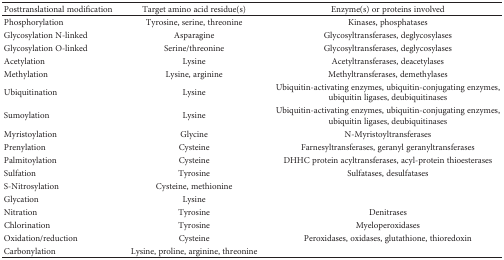
<table><thead><tr><td><b>Posttranslational modification</b></td><td><b>Target amino acid residue(s)</b></td><td><b>Enzyme(s) or proteins involved</b></td></tr></thead><tbody><tr><td>Phosphorylation</td><td>Tyrosine, serine, threonine</td><td>Kinases, phosphatases</td></tr><tr><td>Glycosylation N-linked</td><td>Asparagine</td><td>Glycosyltransferases, deglycosylases</td></tr><tr><td>Glycosylation O-linked</td><td>Serine/threonine</td><td>Glycosyltransferases, deglycosylases</td></tr><tr><td>Acetylation</td><td>Lysine</td><td>Acetyltransferases, deacetylases</td></tr><tr><td>Methylation</td><td>Lysine, arginine</td><td>Methyltransferases, demethylases</td></tr><tr><td>Ubiquitination</td><td>Lysine</td><td>Ubiquitin-activating enzymes, ubiquitin-conjugating enzymes, ubiquitin ligases, deubiquitinases</td></tr><tr><td>Sumoylation</td><td>Lysine</td><td>Ubiquitin-activating enzymes, ubiquitin-conjugating enzymes, ubiquitin ligases, deubiquitinases</td></tr><tr><td>Myristoylation</td><td>Glycine</td><td>N-Myristoyltransferases</td></tr><tr><td>Prenylation</td><td>Cysteine</td><td>Farnesyltransferases, geranyl geranyltransferases</td></tr><tr><td>Palmitoylation</td><td>Cysteine</td><td>DHHC protein acyltransferases, acyl-protein thioesterases</td></tr><tr><td>Sulfation</td><td>Tyrosine</td><td>Sulfatases, desulfatases</td></tr><tr><td>S-Nitrosylation</td><td>Cysteine, methionine</td><td>[EMPTY_CELL]</td></tr><tr><td>Glycation</td><td>Lysine</td><td>[EMPTY_CELL]</td></tr><tr><td>Nitration</td><td>Tyrosine</td><td>Denitrases</td></tr><tr><td>Chlorination</td><td>Tyrosine</td><td>Myeloperoxidases</td></tr><tr><td>Oxidation/reduction</td><td>Cysteine</td><td>Peroxidases, oxidases, glutathione, thioredoxin</td></tr><tr><td>Carbonylation</td><td>Lysine, proline, arginine, threonine</td><td>[EMPTY_CELL]</td></tr></tbody></table>